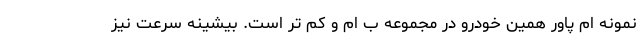
نمونه ام پاور همین خودرو در مجموعه ب ام و کم تر است. بیشینه سرعت نیز